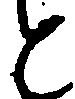
と